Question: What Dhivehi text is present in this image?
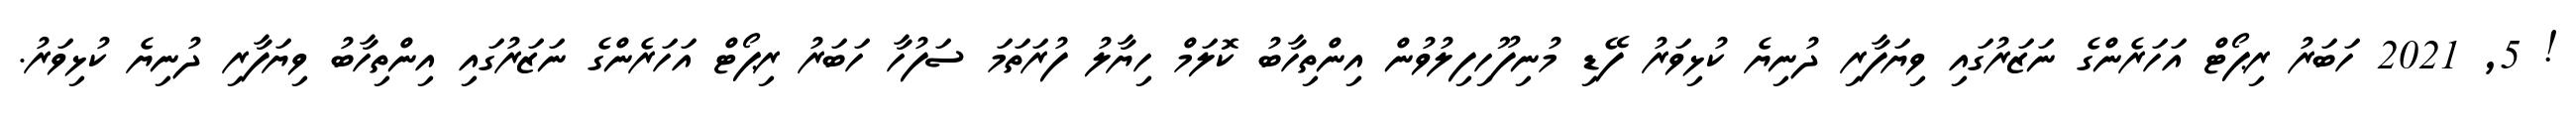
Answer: ! 5, 2021 ހަބަރު ރިޕޯޓް އަހަރެންގެ ނަޒަރުގައި ވިޔަފާރި ދުނިޔެ ކުޅިވަރު ފޭޑި މުނިފޫހިފިލުވުން އިންތިހާބު ކޮލަމް ހިޔާލު ފުރަތަމަ ސަފުހާ ހަބަރު ރިޕޯޓް އަހަރެންގެ ނަޒަރުގައި އިންތިހާބު ވިޔަފާރި ދުނިޔެ ކުޅިވަރު.